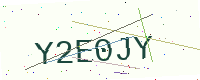
Text: Y2E0JY